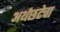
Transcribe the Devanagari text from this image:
अर्थछटेचा